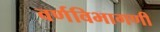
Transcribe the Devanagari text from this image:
वर्णविभागणी